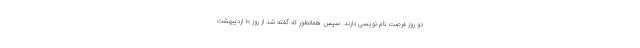
دو روز فرصت نام نویسی دارند. سپس همانطور که گفته شد از روز ۱۰ اردیبهشت